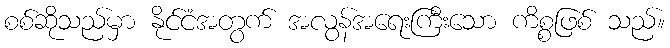
စစ်ဆိုသည်မှာ နိုင်ငံအတွက် အလွန်အရေးကြီးသော ကိစ္စဖြစ် သည်။